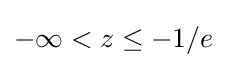
-\infty <z\leq -1/e